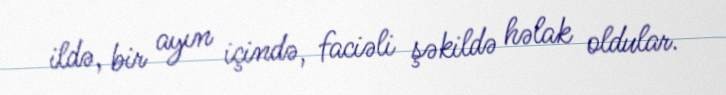
ildə, bir ayın içində, faciəli şəkildə həlak oldular.